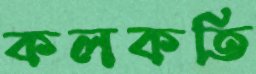
কলকতি